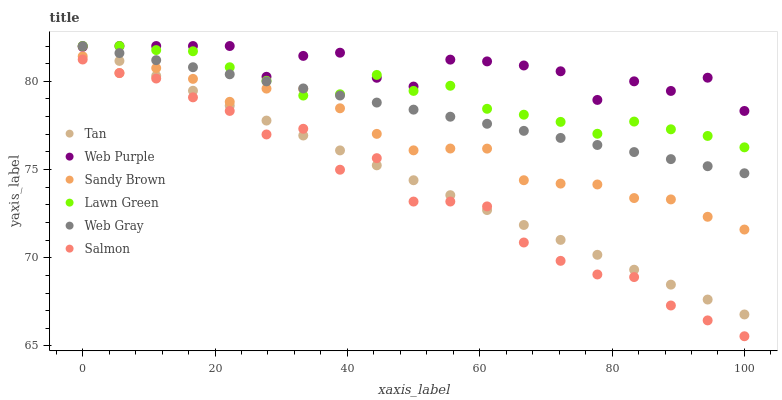
| xaxis_label | Tan | Web Purple | Sandy Brown | Lawn Green | Web Gray | Salmon |
 | --- | --- | --- | --- | --- | --- | --- |
 | 0 | 82 | 82 | 81.4 | 82 | 82 | 81.2 |
 | 5.56 | 81.2 | 82 | 80.5 | 82 | 81.6 | 80.5 |
 | 11.1 | 80.3 | 82 | 80.8 | 81.8 | 81.2 | 80.2 |
 | 16.7 | 79.5 | 82 | 80.1 | 81.7 | 80.8 | 79.1 |
 | 22.2 | 78.6 | 82 | 78.8 | 80.8 | 80.4 | 78.3 |
 | 27.8 | 77.8 | 80.3 | 79.6 | 80 | 80 | 77 |
 | 33.3 | 76.9 | 81.4 | 79.6 | 79.2 | 79.6 | 77.3 |
 | 38.9 | 76.1 | 81.6 | 78.5 | 79.3 | 79.2 | 75 |
 | 44.4 | 75.2 | 80.2 | 77 | 80.4 | 78.8 | 75.6 |
 | 50 | 74.4 | 79.7 | 76.1 | 79.5 | 78.4 | 73.2 |
 | 55.6 | 73.5 | 81.2 | 76.2 | 79.7 | 78 | 73.2 |
 | 61.1 | 72.7 | 81.1 | 76.2 | 78.4 | 77.6 | 72.9 |
 | 66.7 | 71.9 | 80.9 | 74.4 | 78.1 | 77.2 | 70.9 |
 | 72.2 | 71 | 80.6 | 74.2 | 77.7 | 76.8 | 69.8 |
 | 77.8 | 70.2 | 78.9 | 74.2 | 77 | 76.4 | 69.1 |
 | 83.3 | 69.3 | 80 | 73.4 | 77.7 | 76 | 68.9 |
 | 88.9 | 68.5 | 79.5 | 73.3 | 77.3 | 75.6 | 67.3 |
 | 94.4 | 67.6 | 80.2 | 72.3 | 76.9 | 75.2 | 66.4 |
 | 100 | 66.8 | 78.3 | 71.6 | 76.3 | 74.8 | 65.6 |